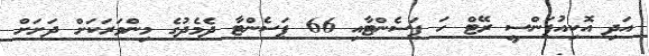
އަދި އޮކިއުޕަންސީ ރޭޓް ހަ ޕަސެންޓާއި 66 ޕަސެންޓާ ދެމެދުގެ މިންވަރަކަށް ދަށަށް